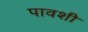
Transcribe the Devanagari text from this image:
पावशी